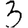
Digit: 3